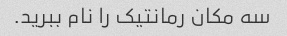
سه مکان رمانتیک را نام ببرید.